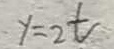
y = 2 t